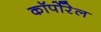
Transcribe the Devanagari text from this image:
कॉर्पोरेल